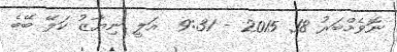
ނޮވެމްބަރު 18